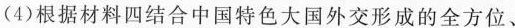
(4)根据材料四结合中国特色大国外交形成的全方位、